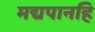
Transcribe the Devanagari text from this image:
मद्यपानहि